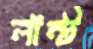
লান্ট